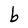
Character: b